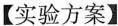
【实验方案】